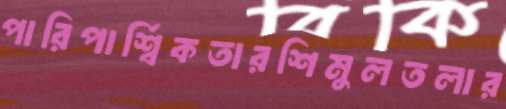
পারিপার্শ্বিকতারশিমুলতলার